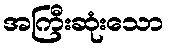
အကြီးဆုံးသော